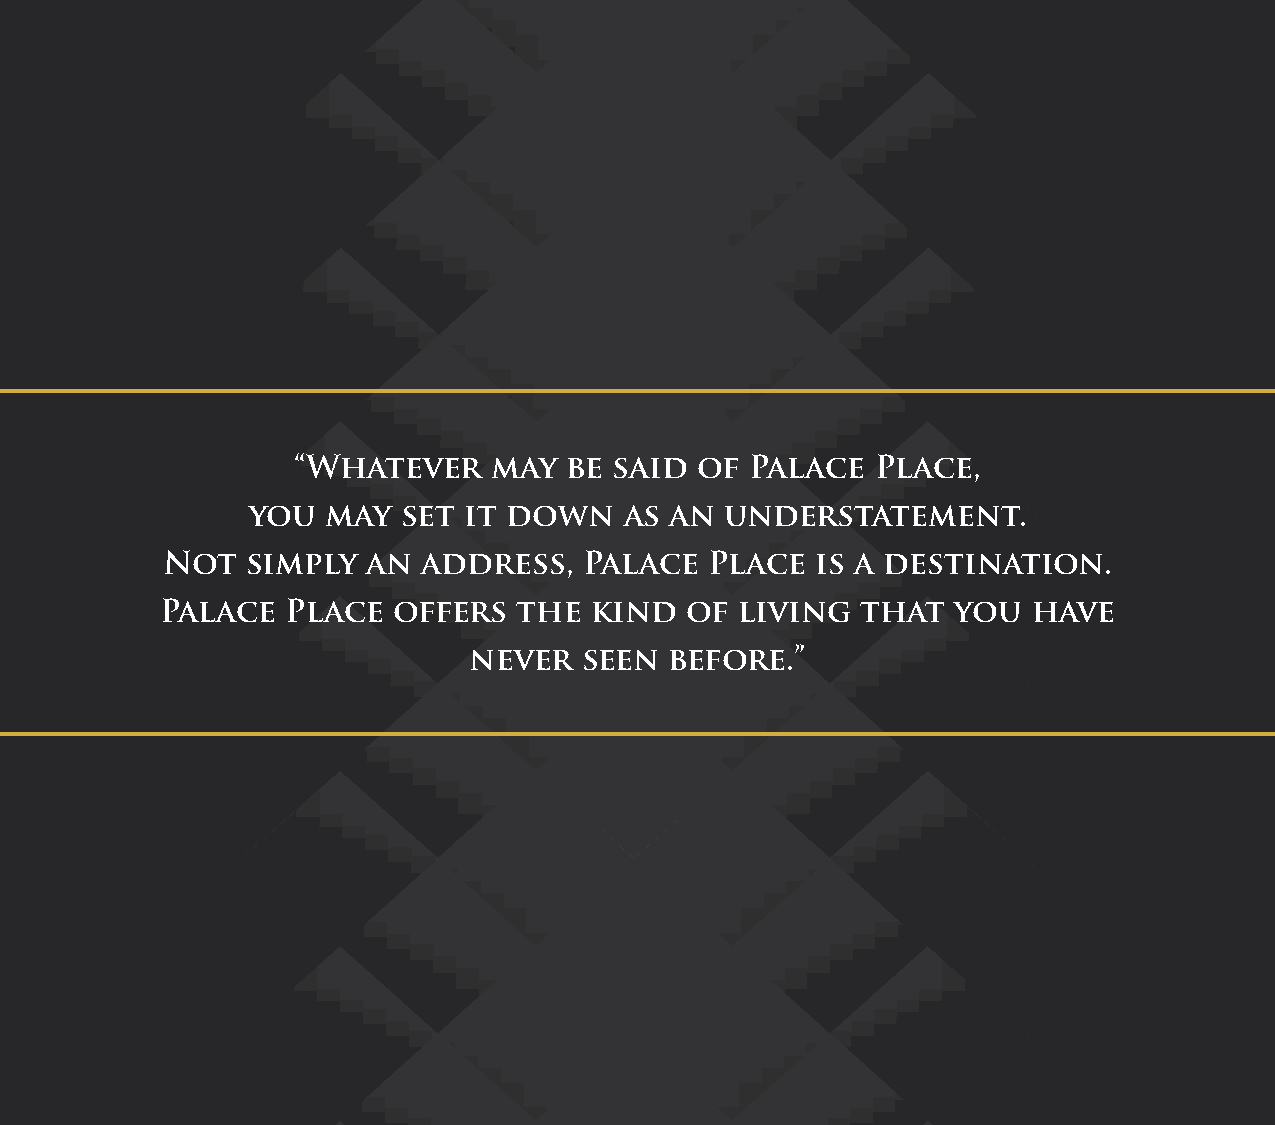
“Whatever     may  be said of  Palace  Place,
 you   may  set it down   as an  understatement.
 Not  simply  an  address,   Palace  Place  is a destination.
 Palace  Place  offers  the  kind  of  living  that  you  have
 never   seen before.”